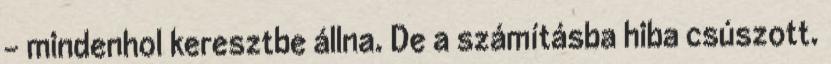
– mindenhol keresztbe állna. De a számításba hiba csúszott.